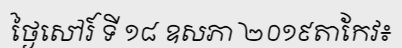
ថ្ងៃសៅរ៍ ទី ១៨ ឧសភា ២០១៩តាកែវ៖